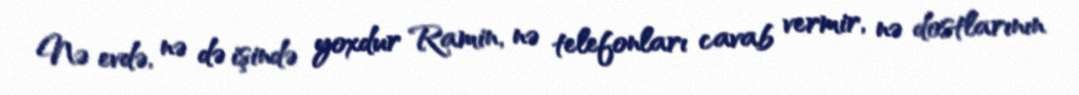
Nə evdə, nə də işində yoxdur Ramin, nə telefonları cavab vermir, nə dostlarının